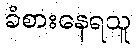
ခံစားနေရသူ